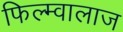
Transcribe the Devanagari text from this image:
फिल्म्वालाज